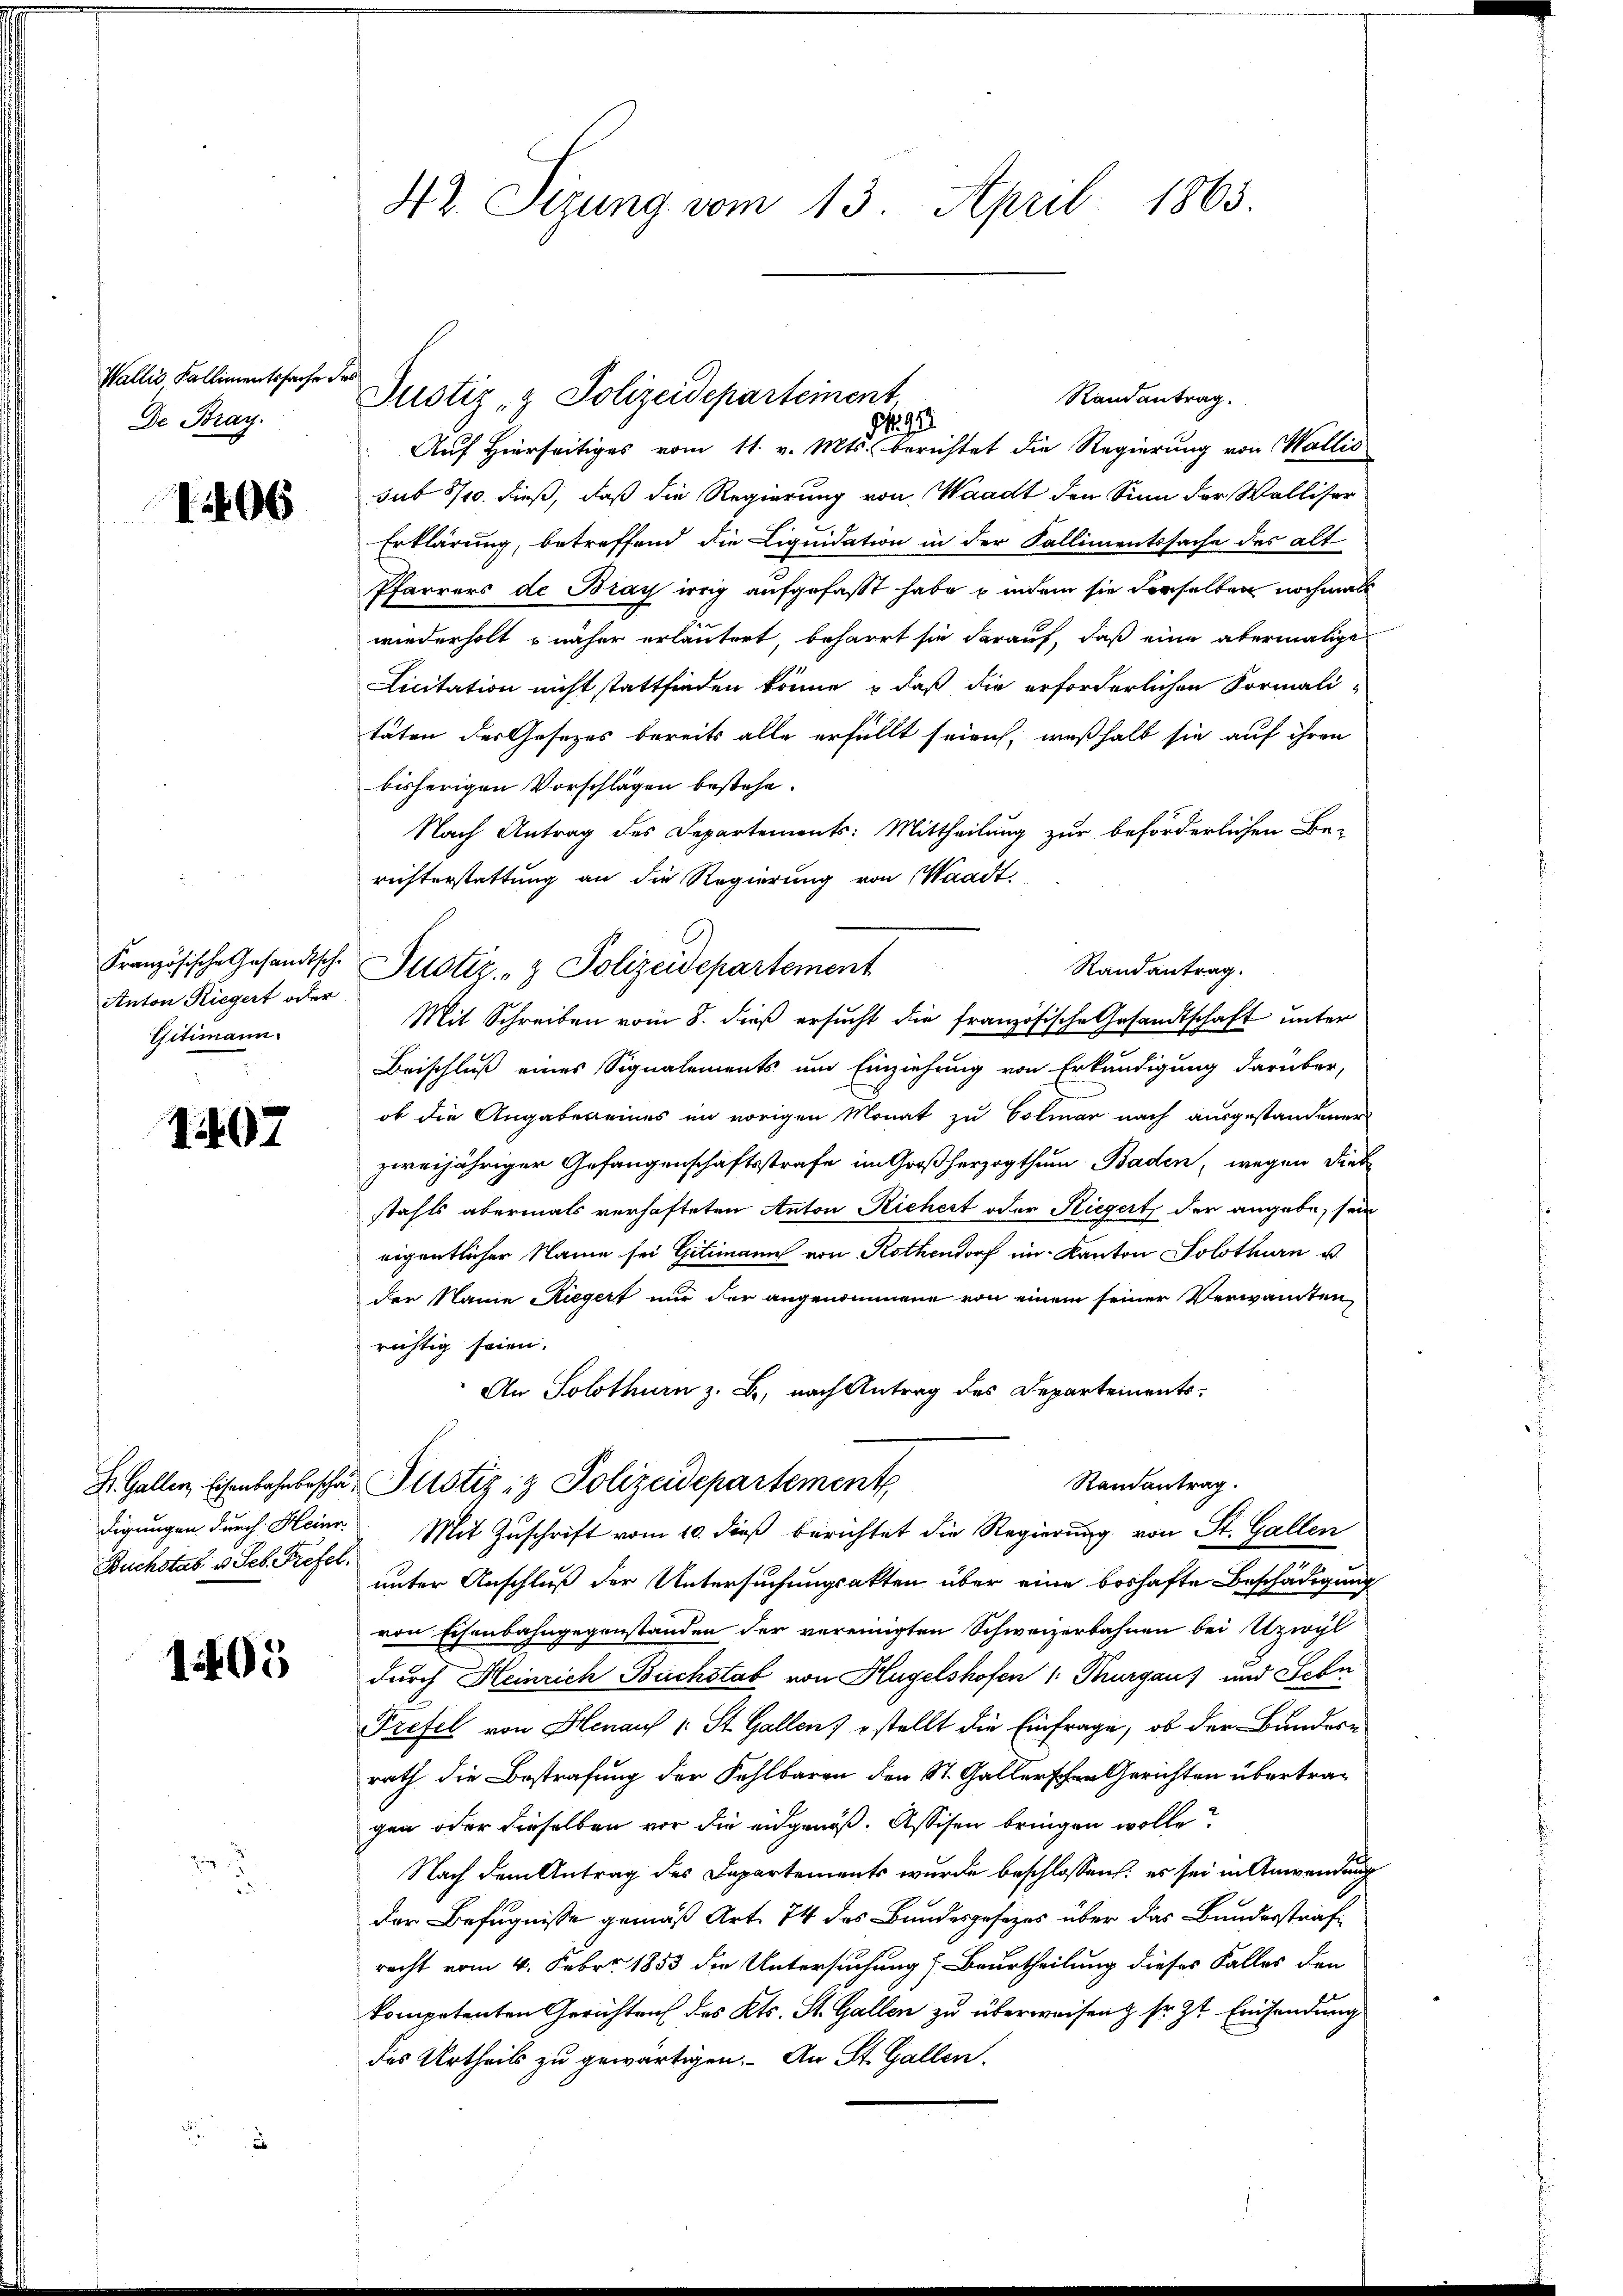
Wallis Fallimentssache
De Bray.

1406

Französische Gesandtsche
Anton Riegert oder
Gitimann.

1407

S. Gallen, Eisenbahnbeschädigungen durch Heinr.
Buchstab v. Seb. Prefel.

1405

a

42. Sizung vom 13. April 1863.

No 993.
Auf Hierseitiges vom 11. v. Mts. berichtet die Regierung von Wallis
sub 8/10. dieß, daß die Regierung von Waadt den Sinn der Walliser
Erklärung, betreffend die Liquidation in der Kallimentssache der alt
Pfarrers de Bray irrig aufgefaßt habe , indem sie derselben nochmals
wiederholt u näher erläutert, beharrt sie darauf, daß eine abermalige
Licitation nicht stattfinden könne, daß die erforderlichen Formali-
taten der Gesezes bereits alle erfüllt seien, weßhalb sie auf ihren
bisherigen Vorschlägen bestehe.
Nach Antrag des Departements: Mittheilung zur beförderlichen Be-
richterstattung an die Regierung von Waadt.
Randantrag.
Justiz & Polizeidepartement
Mit Schreiben vom 8. dieß ersucht die französische Gesandtschaft unter
Beischluß eines Signalements und Einziehung von Erkundigung darüber,
ob die Angaben eines im vorigen Monat zu Colmar nach ausgestandener
zweijähriger Gefangenschaftsstrafe im Großherzogthum Baden, wegen dies
stahls abermals verhafteten Anton Richert oder Riegert der angebe, sein
eigentlicher Name sei Gitimann von Rothendorf im Kanton Solothurn u.
der Name Riegert nur der angenommene von einem seiner Verwanten,
richtig seien.
An Solothurn z. B., nach Antrag des Departements-
Randantrag.
Justiz & Polizeidepartement
Mit Zuschrift vom 10. dieß berichtet die Regierung von St. Gallen
unter Anschluß der Untersuchungsakten über eine boshafte Beschädigung
von Eisenbahngegenstanden der vereinigten Schweizerbahnen bei Uzwyl
durch Heinrich Buchstab von Hügelshofen 1: Thurgaus und Sehn
Prefel von Henaus u. St. Gallen, stellt die Einfrage, ob der Bundes-
rath die Bestrafung der Fehlbaren den St. Gallerschen Gerichten übertragen oder dieselben vor die eidgenöß. Assisen bringen wolle?
Nach dem Antrag des Departements wurde beschlossen: es sei in Anwendung
der Befugnisse gemäß Art. 74 des Bundesgesezes über das Bundesstrafe
recht vom 4. Febr. 1853 die Untersuchung (Beurtheilung dieses Falles den
kompetenten Gerichten des Kts. St. Gallen zu überweisen & sr. Zt. Einsendung
des Urtheils zu gewärtigen. An St. Gallen.

Justiz- & Polizeidepartement

Randantrag.